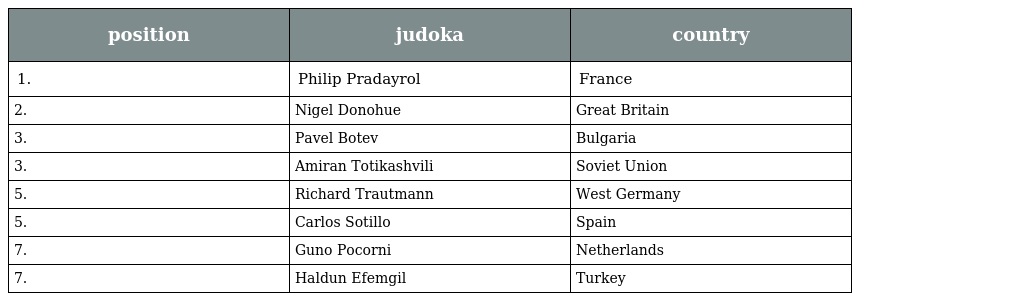
| position | judoka | country |
 | --- | --- | --- |
 | 1. | Philip Pradayrol | France |
 | 2. | Nigel Donohue | Great Britain |
 | 3. | Pavel Botev | Bulgaria |
 | 3. | Amiran Totikashvili | Soviet Union |
 | 5. | Richard Trautmann | West Germany |
 | 5. | Carlos Sotillo | Spain |
 | 7. | Guno Pocorni | Netherlands |
 | 7. | Haldun Efemgil | Turkey |